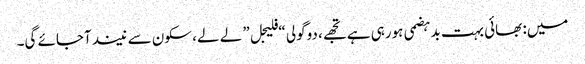
میں: بھائی بہت بدہضمی ہورہی ہے تجھے، دوگولی “فلیجل” لے لے، سکون سے نیند آجائے گی۔